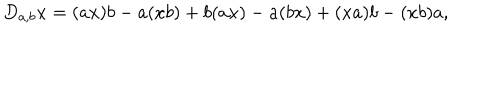
LaTeX: D _ { a , b } x = ( a x ) b - a ( x b ) + b ( a x ) - a ( b x ) + ( x a ) b - ( x b ) a ,